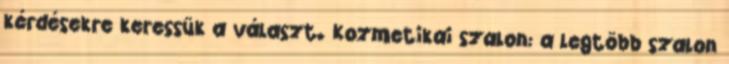
kérdésekre keressük a választ. Kozmetikai szalon: a legtöbb szalon